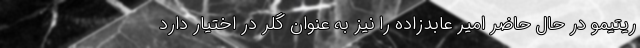
ریتیمو در حال حاضر امیر عابدزاده را نیز به عنوان گلر در اختیار دارد